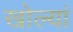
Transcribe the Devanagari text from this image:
खोल्यां